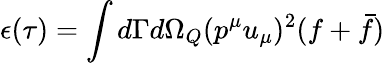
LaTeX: \epsilon(\tau)=\int d\Gamma d{\Omega}_{Q}(p^{\mu}u_{\mu})^{2}(f+\bar{f})